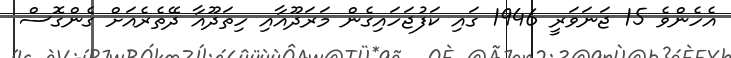
އެހެންވެ 15 ޖަނަވަރީ 1946 ގައި ކަފުޖަހައިގެން މަރަދޫއާއި ހިތަދޫއާ ދޭތެރެއަށް ގެންގޮސް